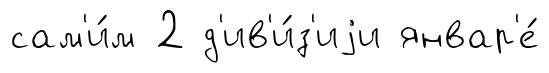
сам'и́м 2 д'ив'и́з'иjи январ'е́